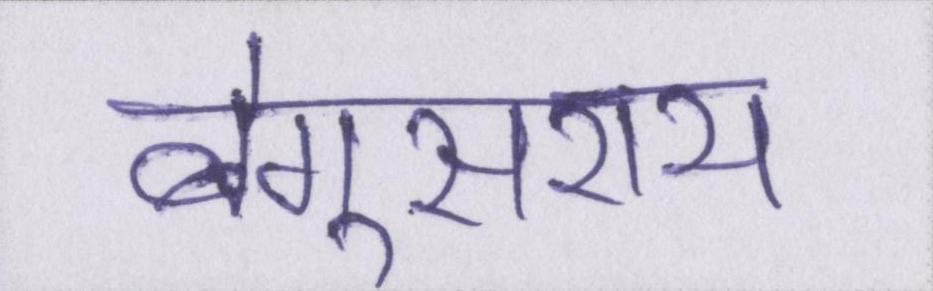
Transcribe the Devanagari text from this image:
बेगूसराय